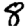
Digit: 8